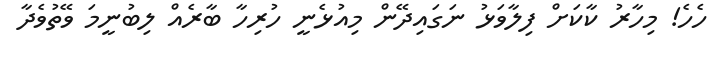
ހެހެ! މިހާރު ކާކަށް ފިލާވަޅު ނަގައިދޭން މިއުޅެނީ ހުރިހާ ބާރެއް ލިބުނީމަ ވޭތުވެދާ